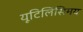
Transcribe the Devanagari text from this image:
यूटिलिसिमय